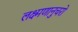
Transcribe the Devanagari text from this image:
लक्ष्मणानुचरो